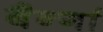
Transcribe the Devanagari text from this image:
बैर्न्गा